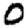
Digit: 0